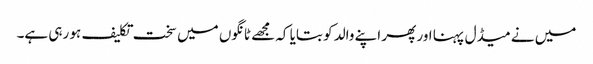
میں نے میڈل پہنا اور پھر اپنے والد کو بتایا کہ مجھے ٹانگوں میں سخت تکلیف ہو رہی ہے۔